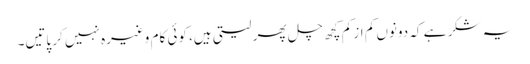
یہ شکر ہے کہ دونوں کم از کم کچھ چل پھر لیتی ہیں، کوئی کام وغیرہ نہیں کر پاتیں۔